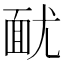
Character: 𩈊